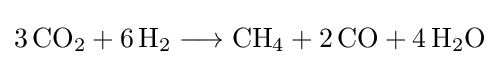
{3\,\mathrm {CO} {\vphantom {A}}_{\smash[{t}]{2}}{}+{}6\,\mathrm {H} {\vphantom {A}}_{\smash[{t}]{2}}{}\mathrel {\longrightarrow } {}\mathrm {CH} {\vphantom {A}}_{\smash[{t}]{4}}{}+{}2\,\mathrm {CO} {}+{}4\,\mathrm {H} {\vphantom {A}}_{\smash[{t}]{2}}\mathrm {O} }